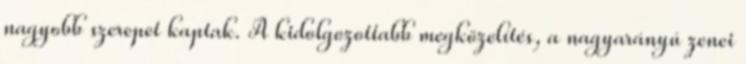
nagyobb szerepet kaptak. A kidolgozottabb megközelítés, a nagyarányú zenei